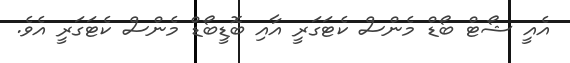
އެއީ ޝޯޓް ބޯޑް މެންސް ކެޓަގަރީ އާއި ބޮޑީބޯޑް މެންސް ކެޓަގަރީ އެވެ.